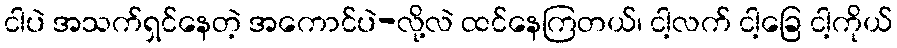
ငါပဲ အသက်ရှင်နေတဲ့ အကောင်ပဲ-လို့လဲ ထင်နေကြတယ်၊ ငါ့လက် ငါ့ခြေ ငါ့ကိုယ်